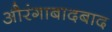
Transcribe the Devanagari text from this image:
औरंगाबादबाद